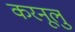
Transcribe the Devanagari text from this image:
करनूलु